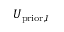
U _ { \mathrm { p r i o r } , I }